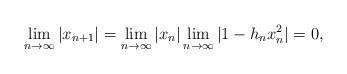
LaTeX: \begin{align*}\lim_{n \to \infty}|x_{n+1}|=\lim_{n \to \infty}|x_n|\lim_{n \to \infty}|1-h_nx_n^2| =0,\end{align*}